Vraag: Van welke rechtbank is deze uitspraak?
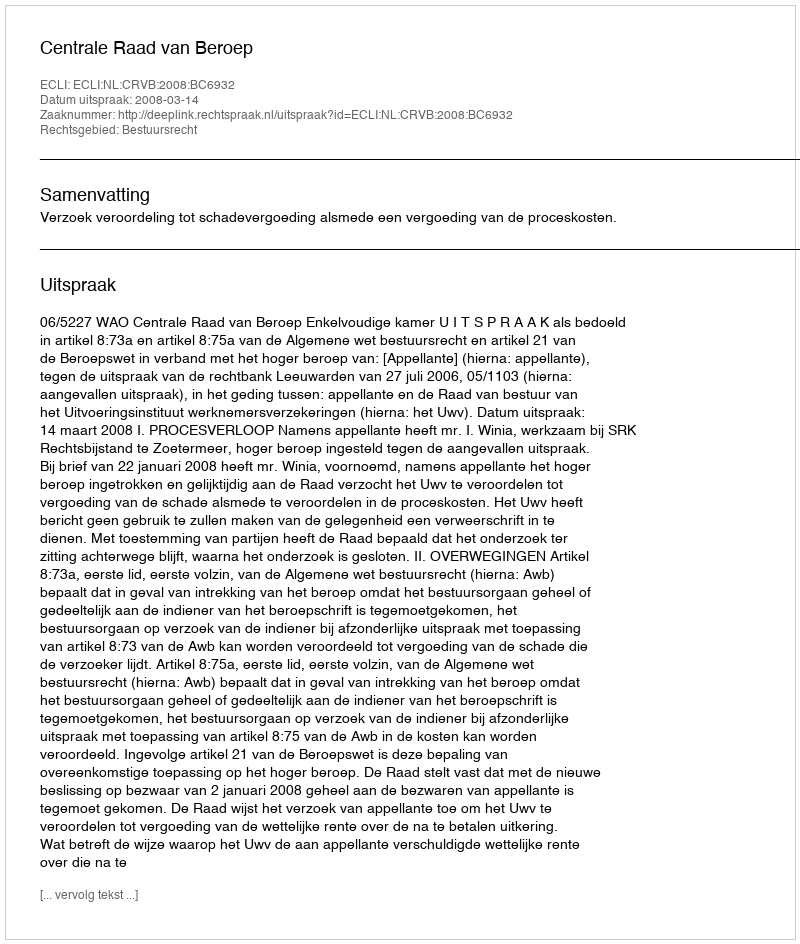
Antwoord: Centrale Raad van Beroep